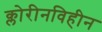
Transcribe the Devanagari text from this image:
क्लोरीनविहीन